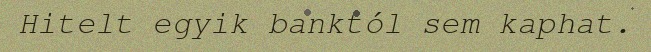
Hitelt egyik banktól sem kaphat.